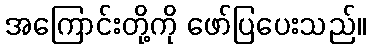
အကြောင်းတို့ကို ဖော်ပြပေးသည်။